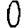
Digit: 0